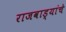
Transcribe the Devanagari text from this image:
राजवाड्यांचे